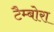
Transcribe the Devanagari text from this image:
टैम्बोरा